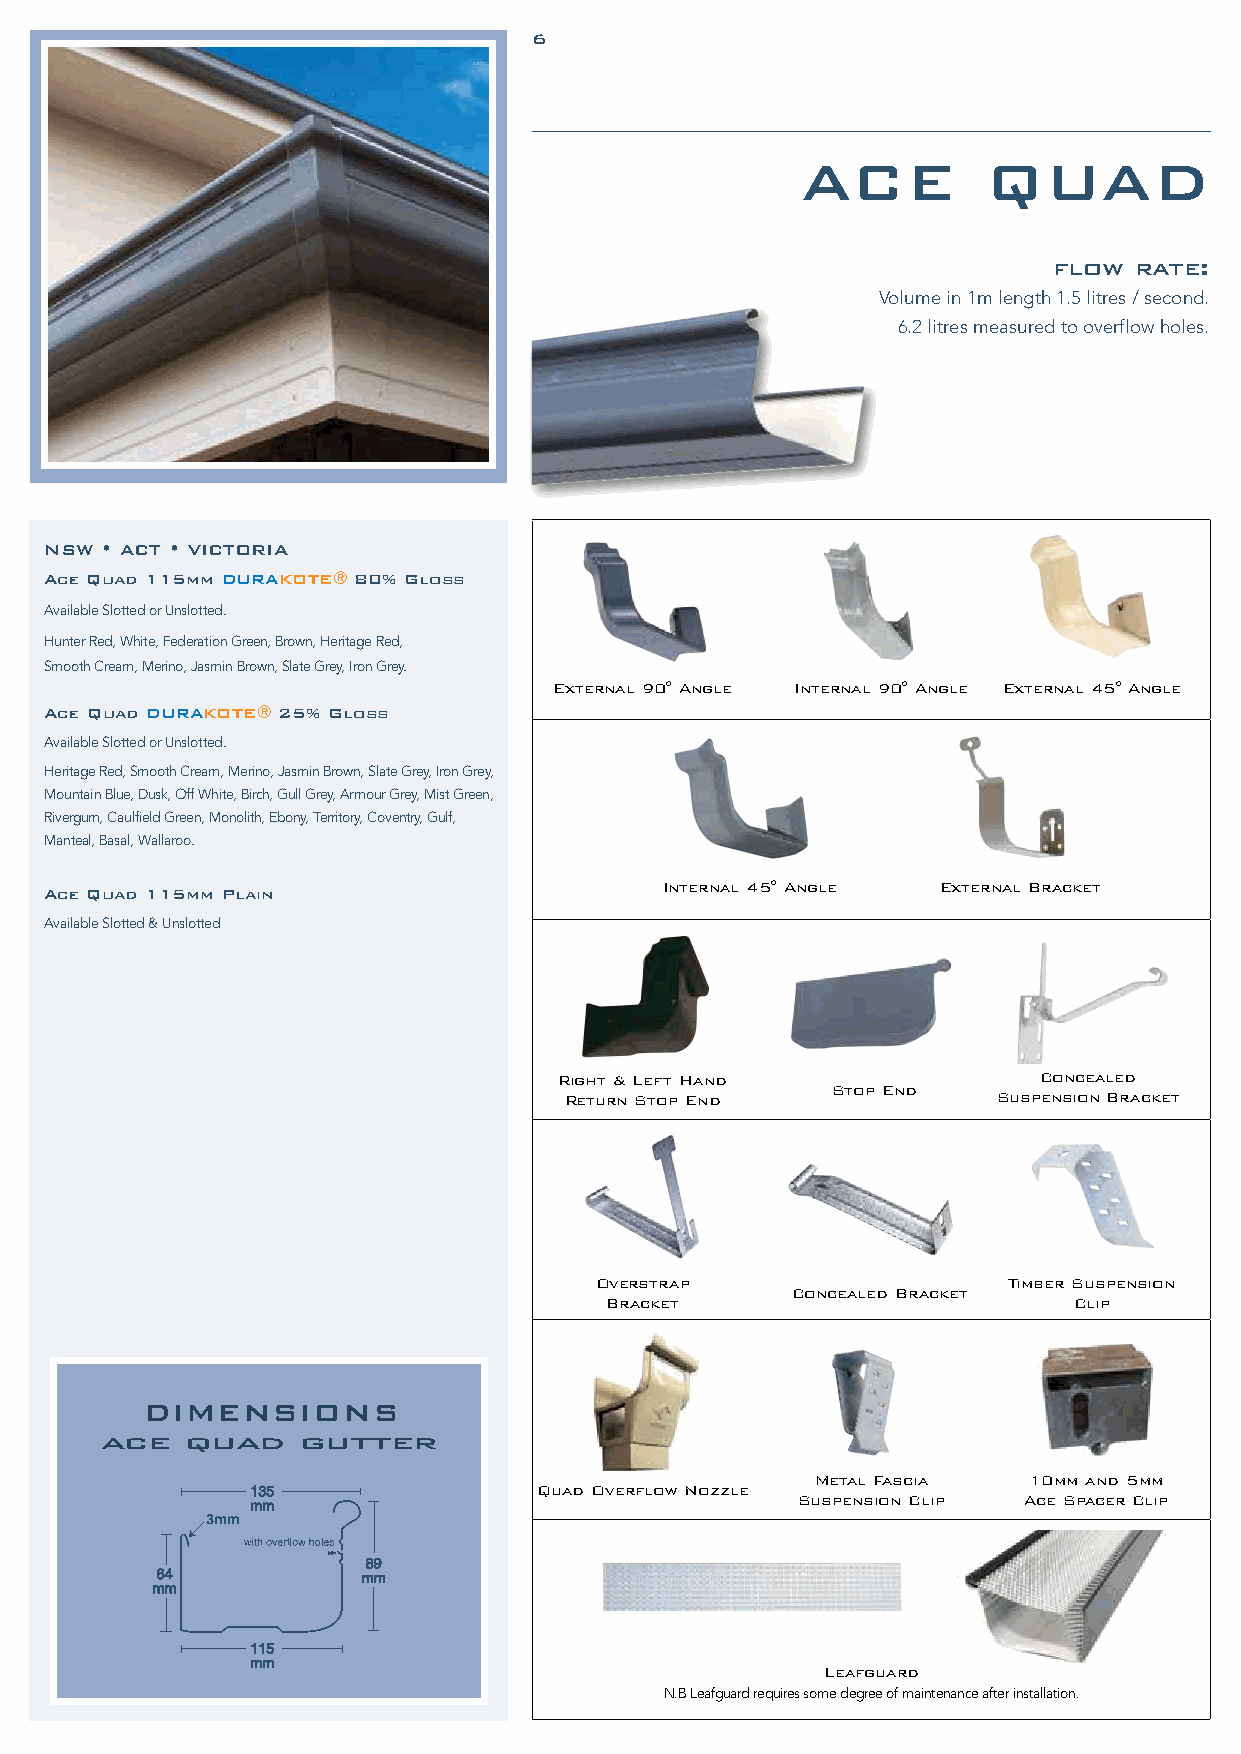
6
 ACE         QUAD
 flow rate:
 Volume in 1m length 1.5 litres / second.
 6.2 litres measured to overflow holes.
 NSW • ACT • VICTORIA
 Ace Quad 115mm DURAKOTE® 80% Gloss
 Available Slotted or Unslotted.
 Hunter Red, White, Federation Green, Brown, Heritage Red,
 Smooth Cream, Merino, Jasmin Brown, Slate Grey, Iron Grey.
 External 90° Angle Internal 90° Angle External 45° Angle
 Ace Quad DURAKOTE® 25% Gloss
 Available Slotted or Unslotted.
 Heritage Red, Smooth Cream, Merino, Jasmin Brown, Slate Grey, Iron Grey,
 Mountain Blue, Dusk, Off White, Birch, Gull Grey, Armour Grey, Mist Green,
 Rivergum, Caulfield Green, Monolith, Ebony, Territory, Coventry, Gulf,
 Manteal, Basal, Wallaroo.
 Internal 45° Angle External Bracket
 Ace Quad 115mm Plain
 Available Slotted & Unslotted
 Right & Left Hand               Concealed
 Stop End
 Return Stop End              Suspension Bracket
 Overstrap                   Timber Suspension
 Concealed Bracket
 Bracket                        Clip
 DIMENSIONS
 ace  quad    gutter
 Metal Fascia  10mm and 5mm
 Quad Overflow Nozzle
 Suspension Clip Ace Spacer Clip
 Leafguard
 N.B Leafguard requires some degree of maintenance after installation.